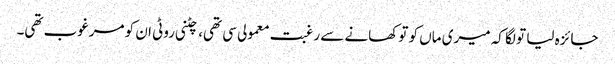
جائزہ لیا تو لگا کہ میری ماں کو تو کھانے سے رغبت معمولی سی تھی، چٹنی روٹی ان کو مرغوب تھی۔